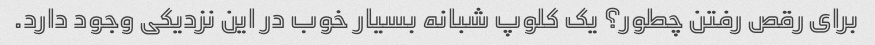
برای رقص رفتن چطور؟ یک کلوپ شبانه بسیار خوب در این نزدیکی وجود دارد.